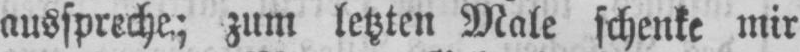
ausspreche; zum letzten Male schenke mir